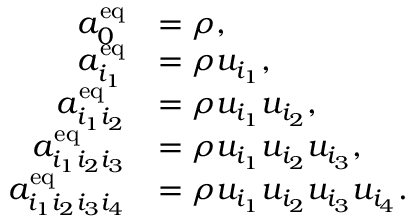
\begin{array} { r l } { a _ { 0 } ^ { \mathrm { e q } } } & { = \rho , } \\ { a _ { i _ { 1 } } ^ { \mathrm { e q } } } & { = \rho u _ { i _ { 1 } } , } \\ { a _ { i _ { 1 } i _ { 2 } } ^ { \mathrm { e q } } } & { = \rho u _ { i _ { 1 } } u _ { i _ { 2 } } , } \\ { a _ { i _ { 1 } i _ { 2 } i _ { 3 } } ^ { \mathrm { e q } } } & { = \rho u _ { i _ { 1 } } u _ { i _ { 2 } } u _ { i _ { 3 } } , } \\ { a _ { i _ { 1 } i _ { 2 } i _ { 3 } i _ { 4 } } ^ { \mathrm { e q } } } & { = \rho u _ { i _ { 1 } } u _ { i _ { 2 } } u _ { i _ { 3 } } u _ { i _ { 4 } } . } \end{array}